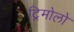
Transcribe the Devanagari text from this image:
ट्रिमोलो